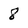
Character: 8